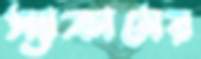
স্যাক্রামের